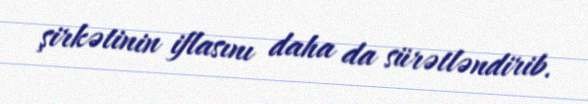
şirkətinin iflasını daha da sürətləndirib.